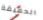
الحقيقة